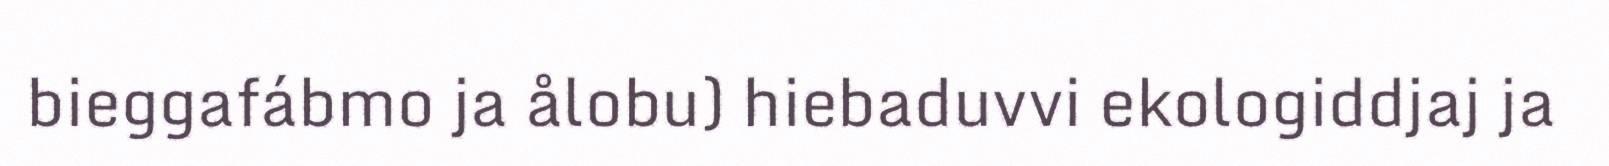
bieggafábmo ja ålobu) hiebaduvvi ekologiddjaj ja